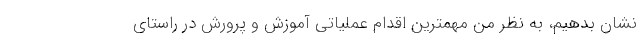
نشان بدهیم، به نظر من مهمترین اقدام عملیاتی آموزش و پرورش در راستای